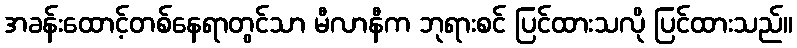
အခန်းထောင့်တစ်နေရာတွင်သာ မီလာနီက ဘုရားစင် ပြင်ထားသလို ပြင်ထားသည်။